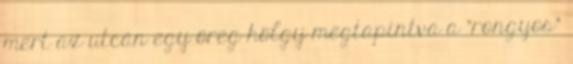
mert az utcán egy öreg hölgy megtapintva a "rongyos"